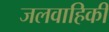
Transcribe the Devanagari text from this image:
जलवाहिकी